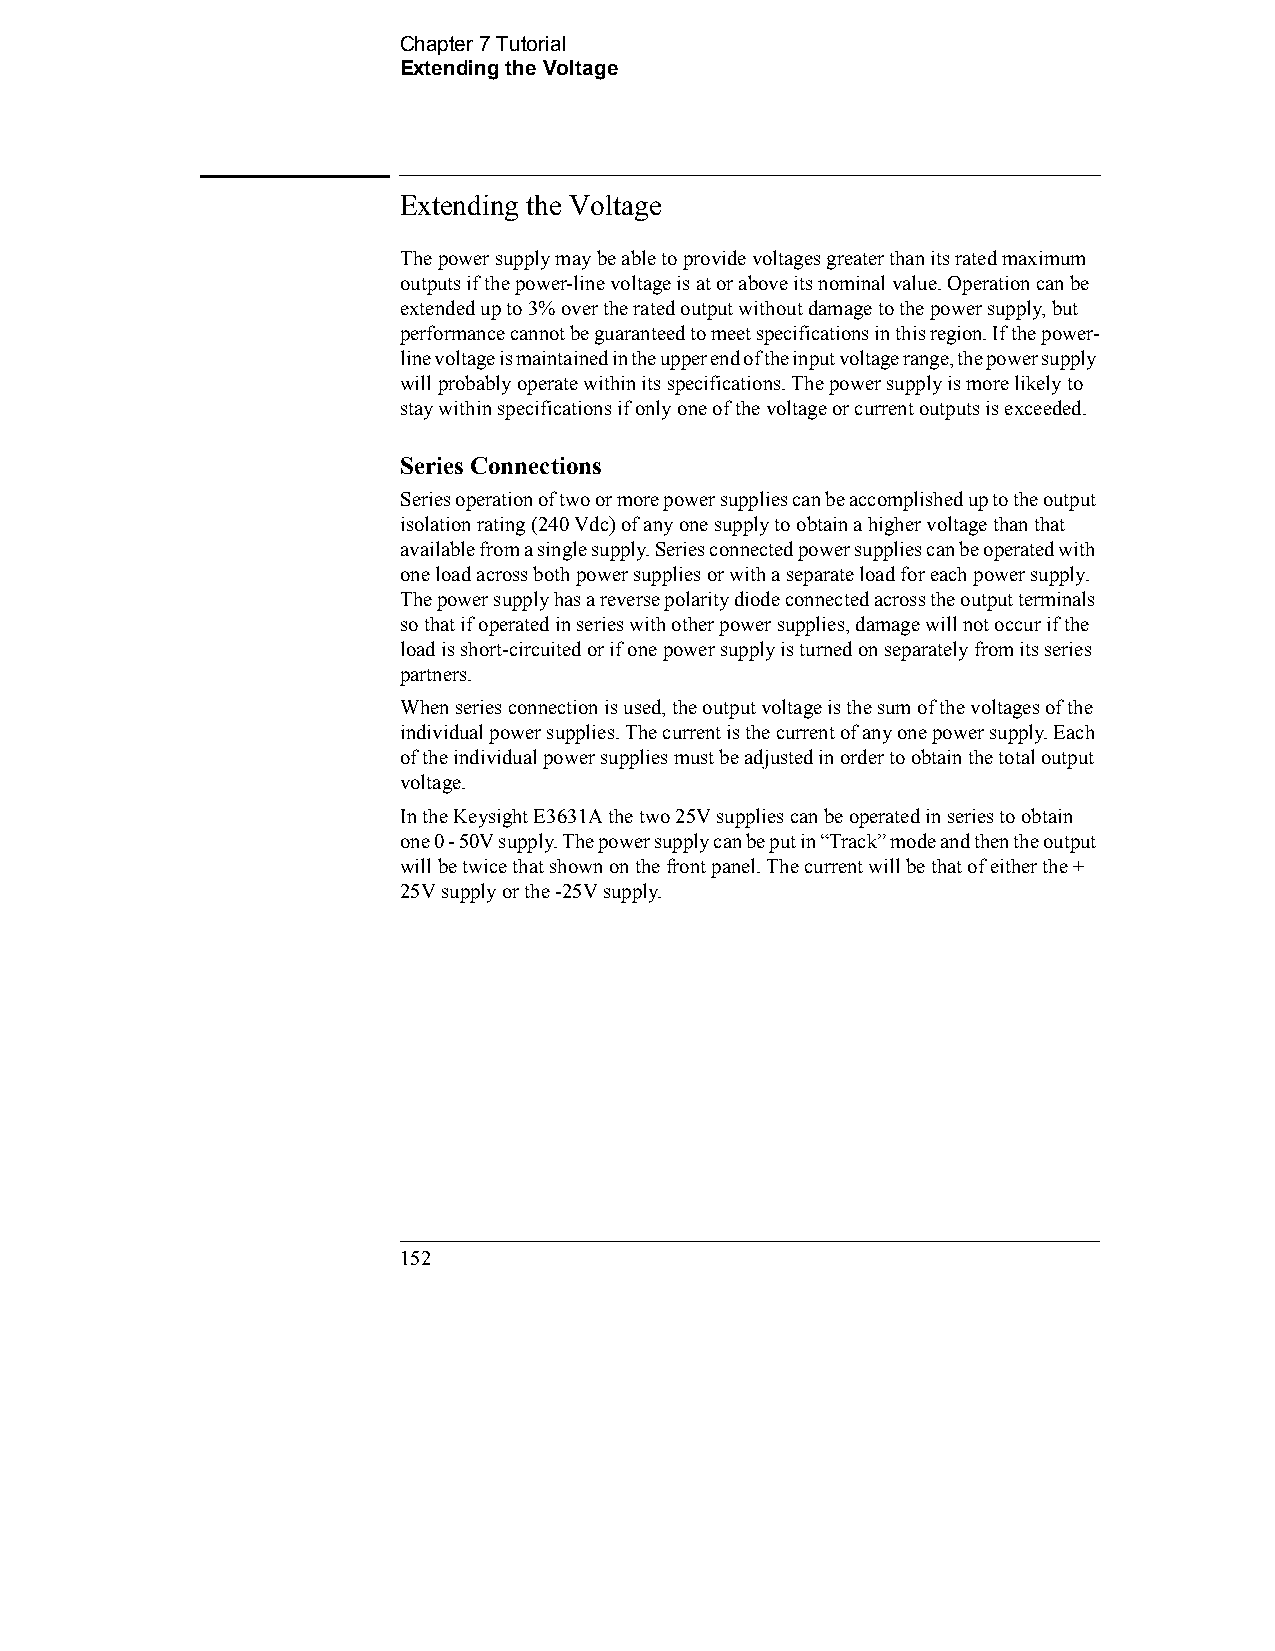
Chapter 7 Tutorial                      
 Extending the Voltage
 Extending the Voltage
 The power supply may be able to provide voltages greater than its rated maximum
 outputs if the power-line voltage is at or above its nominal value. Operation can be
 extended up to 3% over the rated output without damage to the power supply, but
 performance cannot be guaranteed to meet specifications in this region. If the power-
 line voltage is maintained in the upper end of the input voltage range, the power supply
 will probably operate within its specifications. The power supply is more likely to
 stay within specifications if only one of the voltage or current outputs is exceeded.
 Series Connections
 Series operation of two or more power supplies can be accomplished up to the output
 isolation rating (240 Vdc) of any one supply to obtain a higher voltage than that
 available from a single supply. Series connected power supplies can be operated with
 one load across both power supplies or with a separate load for each power supply.
 The power supply has a reverse polarity diode connected across the output terminals
 so that if operated in series with other power supplies, damage will not occur if the
 load is short-circuited or if one power supply is turned on separately from its series
 partners.
 When series connection is used, the output voltage is the sum of the voltages of the
 individual power supplies. The current is the current of any one power supply. Each
 of the individual power supplies must be adjusted in order to obtain the total output
 voltage.
 In the Keysight E3631A the two 25V supplies can be operated in series to obtain 
 one 0 - 50V supply. The power supply can be put in “Track” mode and then the output
 will be twice that shown on the front panel. The current will be that of either the +
 25V supply or the -25V supply.
 152                                            